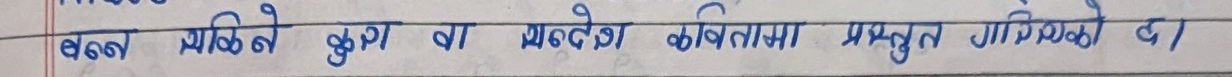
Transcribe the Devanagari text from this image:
बल्की कुरा वा सन्देश कवितामा प्रस्तुत गरिको छ।